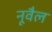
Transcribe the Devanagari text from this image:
नूवैल